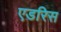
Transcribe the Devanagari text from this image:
एडरिस